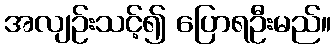
အလျဉ်းသင့်၍ ပြောရဦးမည်။